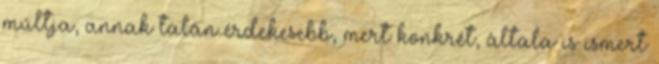
múltja, annak talán érdekesebb, mert konkrét, általa is ismert